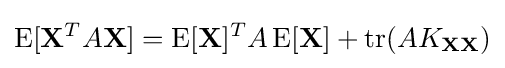
\operatorname {E} [\mathbf {X} ^{T}A\mathbf {X} ]=\operatorname {E} [\mathbf {X} ]^{T}A\operatorname {E} [\mathbf {X} ]+\operatorname {tr} (AK_{\mathbf {X} \mathbf {X} })